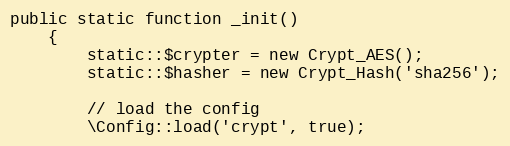
Language: PHP
public static function _init()
	{
		static::$crypter = new Crypt_AES();
		static::$hasher = new Crypt_Hash('sha256');

		// load the config
		\Config::load('crypt', true);